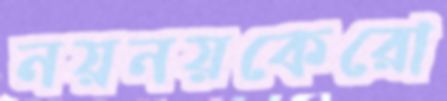
নয়নয়কেরো